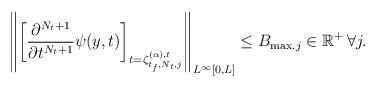
LaTeX: \begin{align*}{\left\| {{{\left[ {\frac{{{\partial ^{{N_t} + 1}}}}{{\partial {t^{{N_t} + 1}}}}\psi (y,t)} \right]}_{t = \zeta _{{t_f},{N_t},j}^{(\alpha ),t}}}} \right\|_{{L^\infty }[0,L]}} \le {B_{\max,j }}\in \mathbb{R}^+\, \forall j.\end{align*}